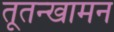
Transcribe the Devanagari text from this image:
तूतन्खामन